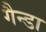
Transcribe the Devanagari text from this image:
गैन्डा